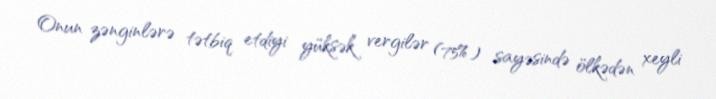
Onun zənginlərə tətbiq etdiyi yüksək vergilər (75%) sayəsində ölkədən xeyli